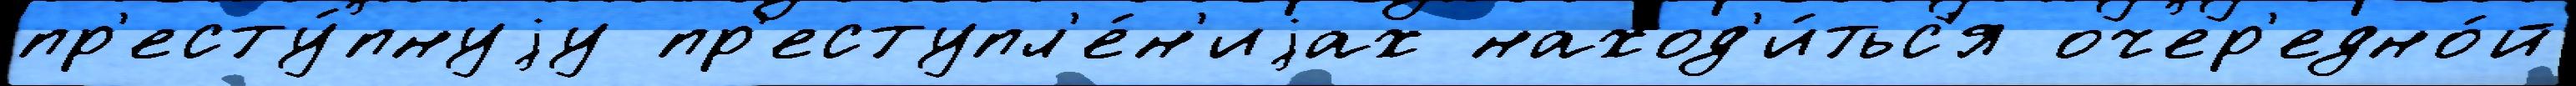
пр'есту́пнуjу пр'еступл'е́н'иjах наход'и́тьс'я очер'едно́й